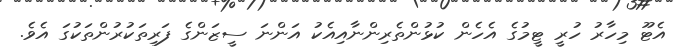
އެޓޫ މިހާރު ހުރީ ޓީމުގެ އެހެން ކުޅުންތެރިންނާއިއެކު އަންނަ ސީޒަންގެ ފަރިތަކުރުންތަކުގަ އެވެ.